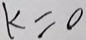
k = 0